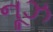
નૂઝ